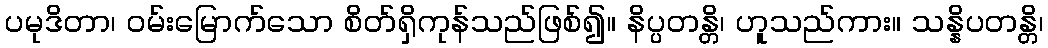
ပမုဒိတာ၊ ဝမ်းမြောက်သော စိတ်ရှိကုန်သည်ဖြစ်၍။ နိပ္ပတန္တိ၊ ဟူသည်ကား။ သန္နိပတန္တိ၊